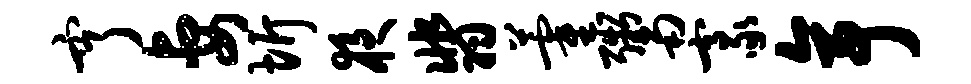
亨妻圻夜翡藿鬻豪亭